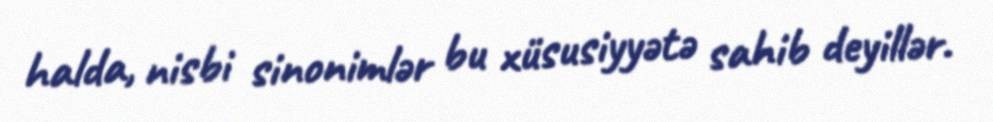
halda, nisbi sinonimlər bu xüsusiyyətə sahib deyillər.